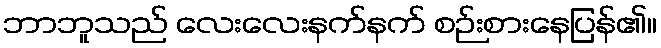
ဘာဘူသည် လေးလေးနက်နက် စဉ်းစားနေပြန်၏။